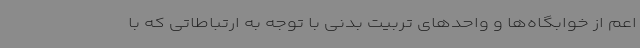
اعم از خوابگاه‌ها و واحدهای تربیت بدنی با توجه به ارتباطاتی که با